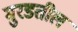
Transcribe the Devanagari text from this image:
मुरडतील